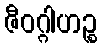
ဇီဝဂ္ဂါဟဉ္စ